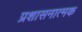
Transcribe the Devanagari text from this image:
प्रशासनात्मक